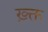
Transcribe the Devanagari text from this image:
ख़्क्त